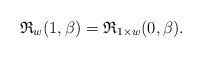
\begin{gather*} \mathfrak{R}_{w}(1,\beta)=\mathfrak{R}_{1 \times w}(0,\beta). \end{gather*}